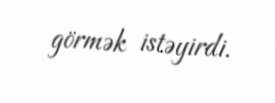
görmək istəyirdi.